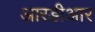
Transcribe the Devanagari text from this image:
आरडीआर